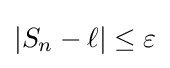
\left\vert S_{n}-\ell \right\vert \leq \varepsilon